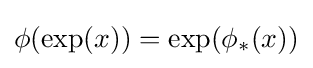
\phi (\exp(x))=\exp(\phi _{*}(x))